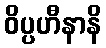
ဝိပ္ပဟီနာနိ